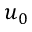
u _ { 0 }